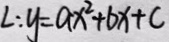
L : y = a x ^ { 2 } + b x + c